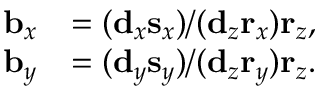
{ \begin{array} { r l } { \mathbf { b } _ { x } } & { = ( \mathbf { d } _ { x } \mathbf { s } _ { x } ) / ( \mathbf { d } _ { z } \mathbf { r } _ { x } ) \mathbf { r } _ { z } , } \\ { \mathbf { b } _ { y } } & { = ( \mathbf { d } _ { y } \mathbf { s } _ { y } ) / ( \mathbf { d } _ { z } \mathbf { r } _ { y } ) \mathbf { r } _ { z } . } \end{array} }